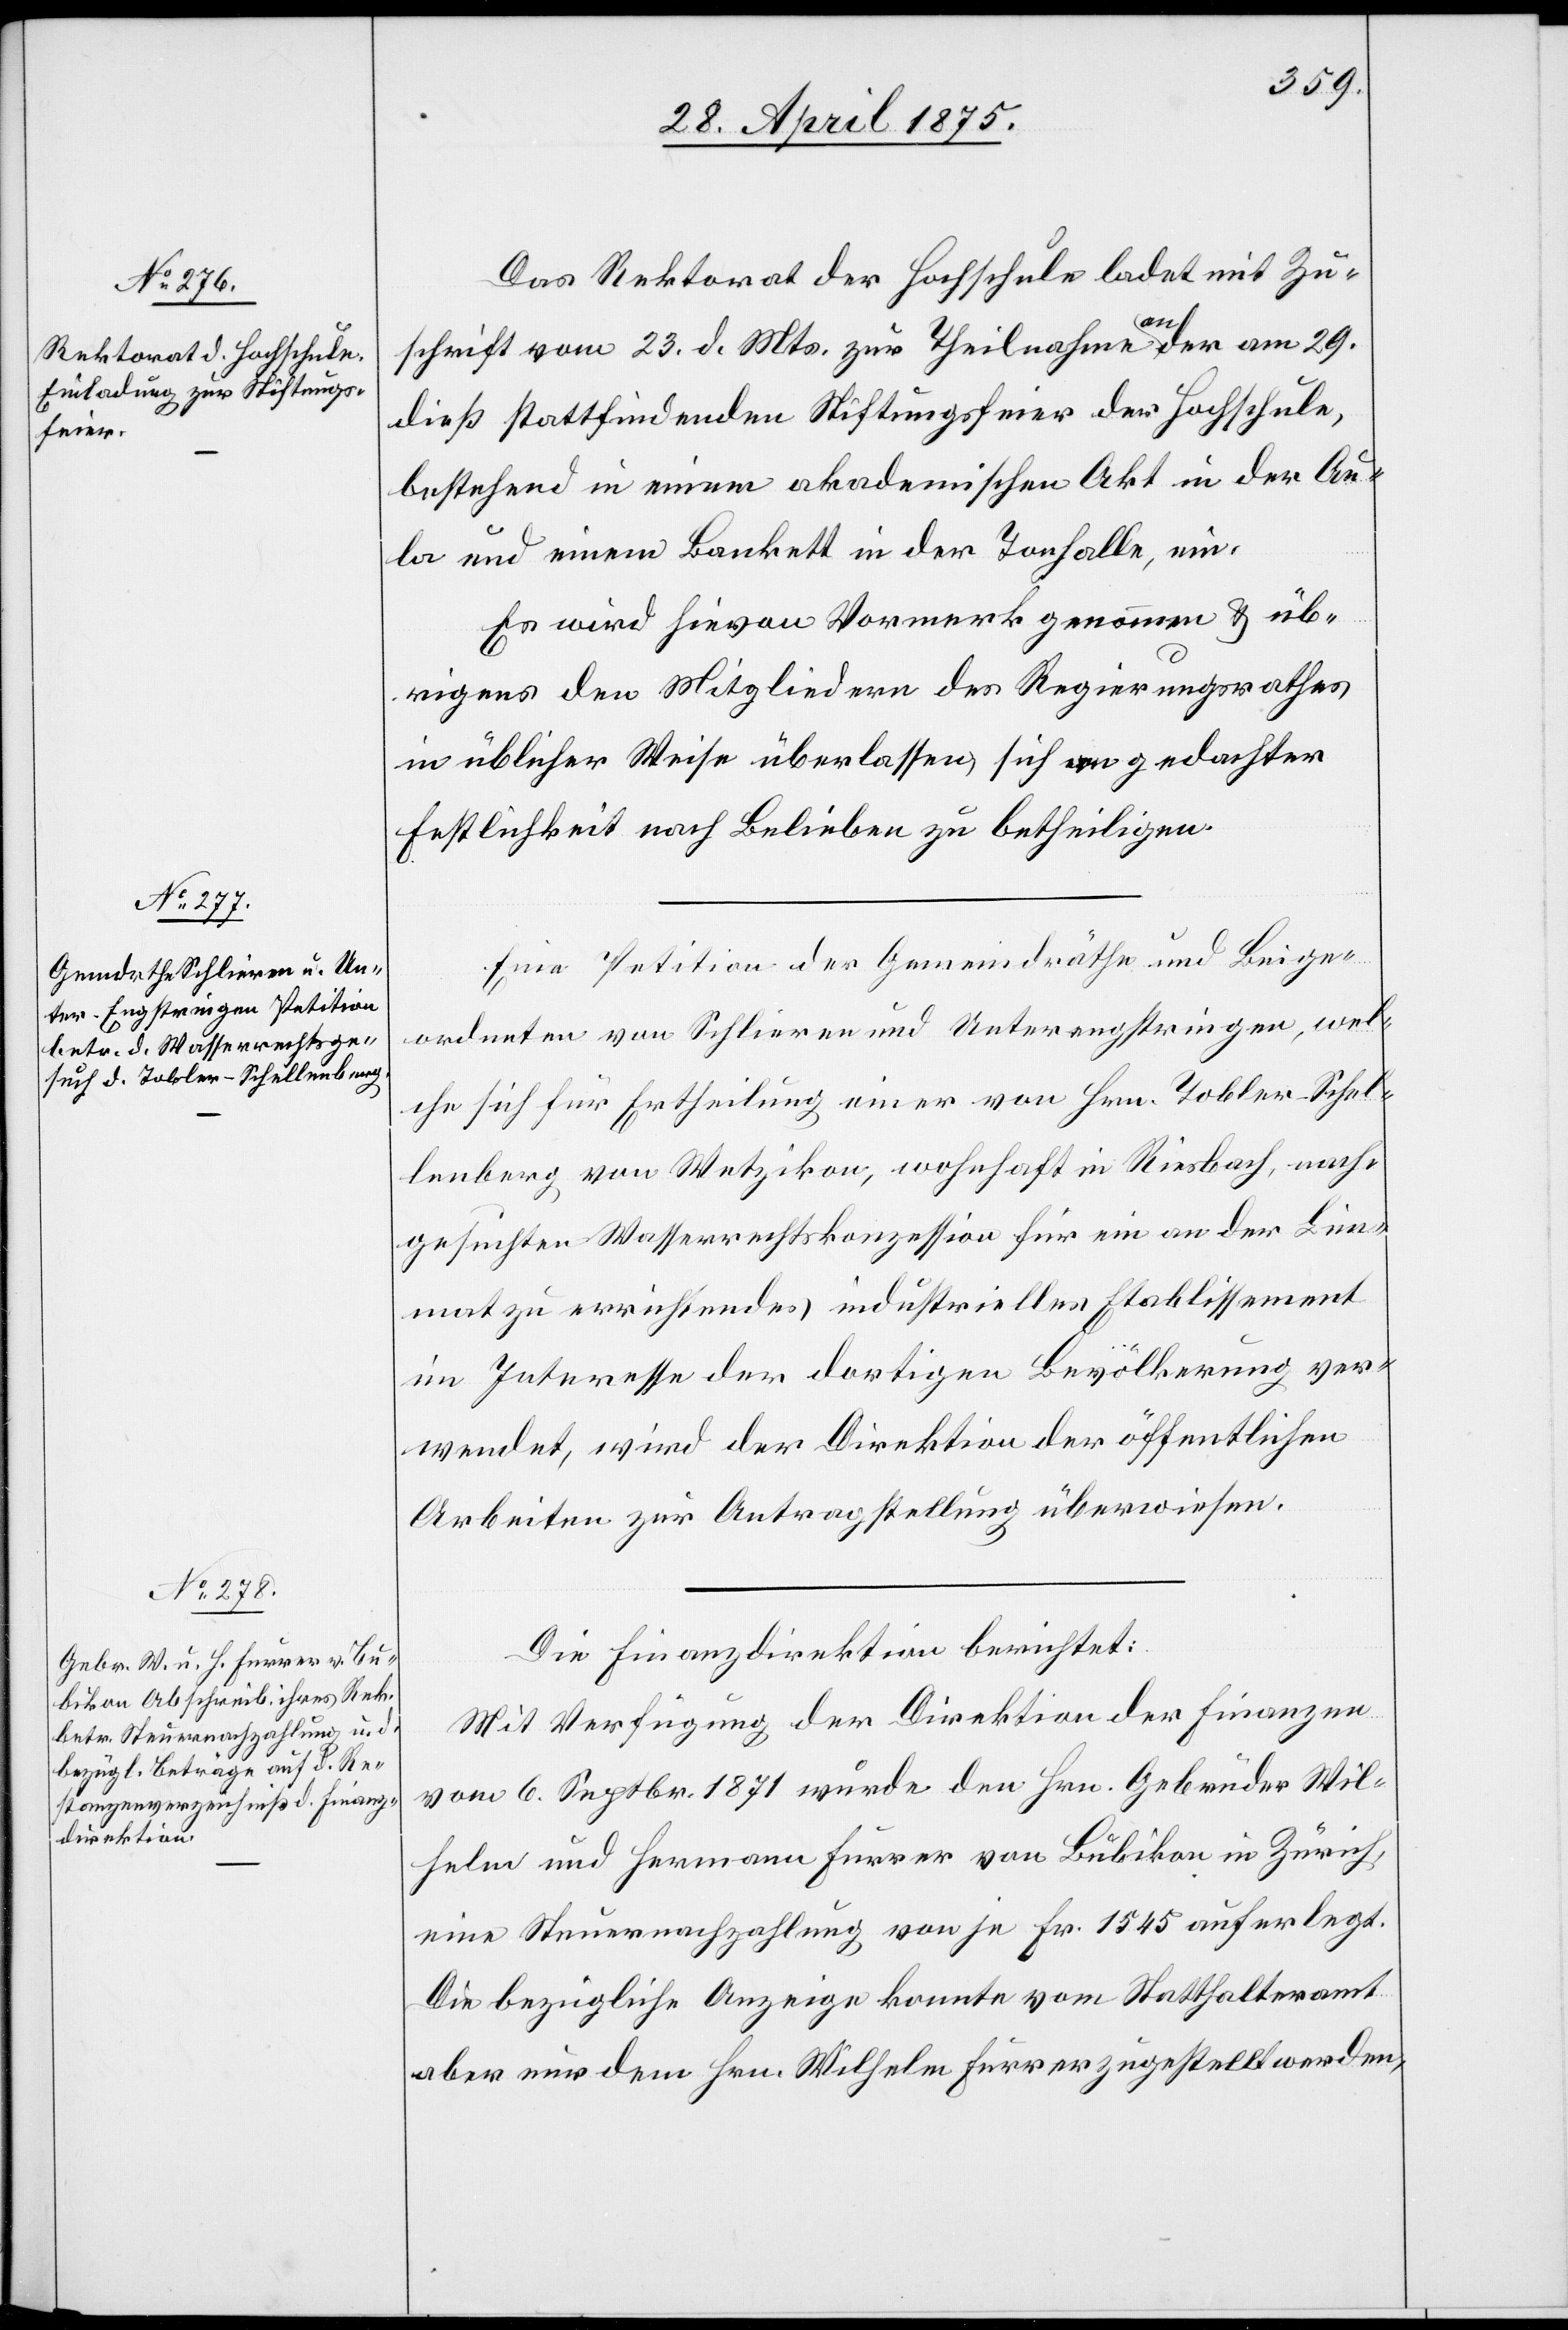
Das Rektorat der Hochschule ladet mit Zu¬
schrift vom 23. d. Mts. zur Theilnahme an der am 29.
dieß. stattfindenden Stiftungsfeier der Hochschule,
bestehend in einem akademischen Akt in der Au¬
la und einem Bankett in der Tonhalle, ein.
Es wird hievon Vormerk genommen & üb¬
rigens den Mitgliedern des Regierungsrath
in üblicher Weise überlassen sich gedachter
Festlichkeit nach Belieben zu betheiligen.
Eine Petition der Gemeindräthe und Beige¬
ordneten von Schlieren und Unterengstringen, wel¬
che sich für Ertheilung einer von Hrn. Tobler-Schel¬
lenberg von Wetzikon, wohnhaft in Riesbach, nach¬
gesuchten Wasserrechtskonzession für ein an der Lim¬
mat zu errichtendes industrielles Etablissement
im Interesse der dortigen Bevölkerung ver¬
wendet, wird der Direktion der öffentlichen
Arbeiten zur Antragstellung überwiesen.
Die Finanzdirektion berichtet:
Mit Verfügung der Direktion des Finanzen
vom 6. Septbr. 1871 wurde den Hrn. Gebrüder Wil¬
helm und Hermann Furrer von Bubikon in Zürich,
eine Steuernachzahlung von je Fr. 1545 auferlegt.
Die bezügliche Anzeige konnte vom Statthalteramt
aber nur dem Hrn. Wilhelm Furrer zugestellt werden,